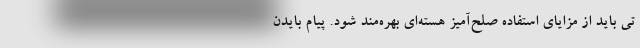
تی باید از مزایای استفاده صلح‌آمیز هسته‌ای بهره‌مند شود. پیام بایدن